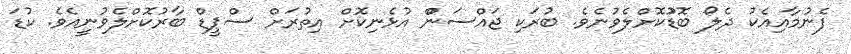
ފެނުމާއިއެކު ދެލޯ ބޮޑުުކޮށްލެވުނެވެ. ބުރަކި ޖައްސަންް އުޅެނިކޮށް އިތުރަށް ސްޕީޑް ބާރުކޮށްލެވުނީއެވެ. ކުޑަ